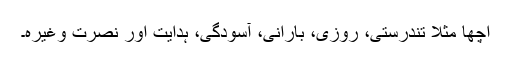
اچھا مثلاً تندرستی، روزی، بارانی، آسودگی، ہدایت اور نصرت وغیرہ۔